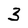
Character: 3